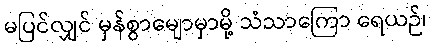
မပြင်လျှင် မှန်စွာမျောမှာမို့ သံသာကြော ရေယဉ်၊